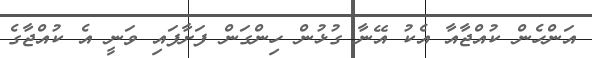
އަންހެން ކުއްޖާއާ އެކު އޭނާ ގުޅުން ހިންގަން ފަށާފައި ވަނީ އެ ކުއްޖާގެ